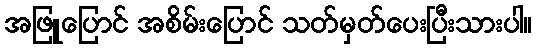
အဖြူပြောင် အစိမ်းပြောင် သတ်မှတ်ပေးပြီးသားပါ။